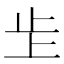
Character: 𣥌